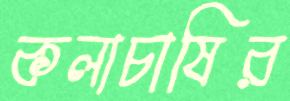
কলাচাষির